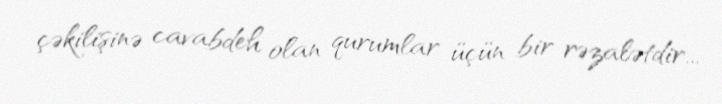
çəkilişinə cavabdeh olan qurumlar üçün bir rəzalətdir...